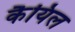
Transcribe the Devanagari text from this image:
कैयिल